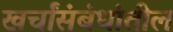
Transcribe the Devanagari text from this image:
खर्चांसंबंधांतील